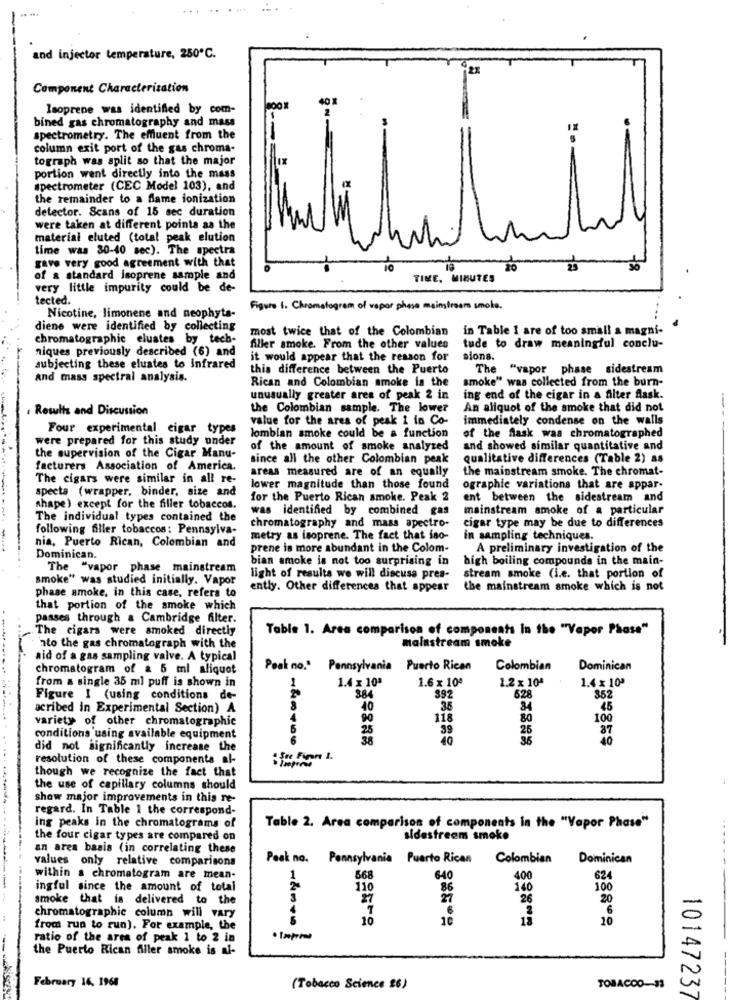
......
and injector temperature, 250℃.
Component Characterization
Isoprene was identified by com-
bined gas chromatography and mass
spectrometry. The effluent from the
column exit port of the gas chroma-
tograph was split so that the major
Ix
portion went directly into the mass
spectrometer (CEC Model 103), and
the remainder to a flame ionization
detector. Scans of 15 sec duration
were taken at different points as the
material eluted (total peak elution
time was 30-40 sec). The spectra
gave very good agreement with that
20
of a standard Isoprene sample and
TIME, MINUTES
very little impurity could be de-
tected.
Figure 1. Chromatogram of vapor phase mainstream smoke.
Nicotine, limonene and neophyta-
diene were identified by collecting
most twice that of the Colombian
in Table I are of too small a magni-
chromatographie eluates by tech-
niques previously described (6) and
filler smoke. From the other values
tude to draw meaningful conclu-
it would appear that the reason for
sions.
subjecting these eluates to infrared
this difference between the Puerto
The "vapor phase sidestream
and mass spectral analysis.
Rican and Colombian smoke in the
smoke" was collected from the burn-
unusually greater area of peak 2 in
ing end of the cigar in a alter flask.
Results and Discussion
the Colombian sample. The lower
An aliquot of the smoke that did not
value for the area of peak I in Co-
immediately condense on the walls
Four experimental cigar types
were prepared for this study under
lombian smoke could be a function
of the flask was chromatographed
of the amount of smoke analyzed
and showed similar quantitative and
the supervision of the Cigar Manu-
since all the other Colombian peak
qualitative differences (Table 2) as
facturers Association of America.
areas measured are of an equally
the mainstream smoke. The chromat-
The cigars were similar in all re-
specta (wrapper, binder, size and
lower magnitude than those found
ographie variations that are appar-
for the Puerto Rican smoke. Peak 2
ent between the sidestream and
shape) except for the filler tobaccos.
was identified by combined gas
mainstream smoke of a particular
The individual types contained the
cigar type may be due to differences
following filler tobaccos: Pennsylva-
chromatography and mass spectro-
metry as isoprene. The fact that iso-
in sampling techniques.
nia, Puerto Rican, Colombian and
prene is more abundant in the Colom-
A preliminary investigation of the
Dominican.
bian smoke is not too surprising in
high boiling compounds in the main-
The "vapor phase mainstream
smoke" was studied initially. Vapor
light of results we will discuss pres-
stream smoke (i.e. that portion of
ently. Other differences that appear
the mainstream smoke which is not
phase smoke, in this case, refers to
that portion of the smoke which
passes through a Cambridge filter.
The cigars were smoked directly
Table 1. Area comparison of components In the "Vapor Phase"
ato the gas chromatograph with the
malastream smoke
aid of a gas sampling valve. A typical
chromatogram of a 5 ml aliquot
Pook no." Pennsylvania Puerto Rican
Colombian
Dominican
from a single 35 ml puff is shown in
1.4 x 10ª
1.6 x 10ª
1.2 x 104
1.4 x 10ª
1
384
628
Figure I (using conditions de-
392
352
acribed in Experimental Section) A
40
35
34
45
variety of other chromatographie
4
90
118
80
100
39
25
87
conditions using available equipment
180100
40
40
did not significantly increase the
resolution of these components al-
though we recognize the fact that
the use of capillary columns should
show major improvements in this re-
regard. In Table 1 the correspond-
ing peaks in the chromatograms of
Table 2. Area comparison of components in the "Vapor Phase"
the four cigar types are compared on
sidestreem smoke
an area basis (in correlating these
values only relative comparisons
Peak no. Pennsylvania Puerto Rican
Colombian
Dominican
within a chromatogram are mean-
1
568
640
400
624
ingful since the amount of total
110
86
140
100
smoke that is delivered to the
3
27
26
20
€
6
chromatographic column will vary
5
10
18
20
from run to run). For example, the
ratio of the area of peak 1 to 2 in
the Puerto Rican filler smoke is al-
-
February 16, 1968
(Tobacco Science 26)
TOBACCO-93
10147237